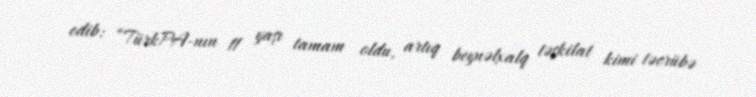
edib: “TürkPA-nın 11 yaşı tamam oldu, artıq beynəlxalq təşkilat kimi təcrübə